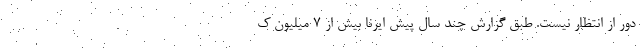
دور از انتظار نیست. طبق گزارش چند سال پیش ایرنا بیش از 7 میلیون ک